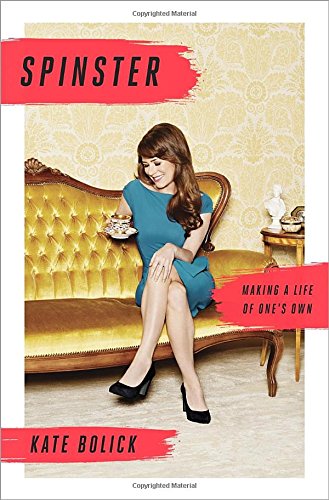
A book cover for Spinster: Making a Life of One's Own; Kate Bolick; Politics & Social Sciences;